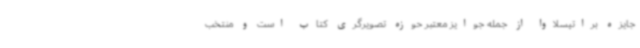
جایزه براتیسلاوا از جمله جوایز معتبر حوزه تصویرگری کتاب است و منتخب